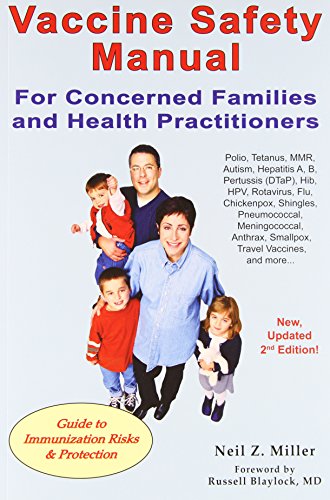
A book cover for Vaccine Safety Manual for Concerned Families and Health Practitioners, 2nd Edition: Guide to Immunization Risks and Protection; Neil Z. Miller; Medical Books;